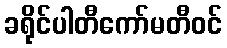
ခရိုင်ပါတီကော်မတီဝင်